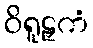
ဝိရူဠှကံ